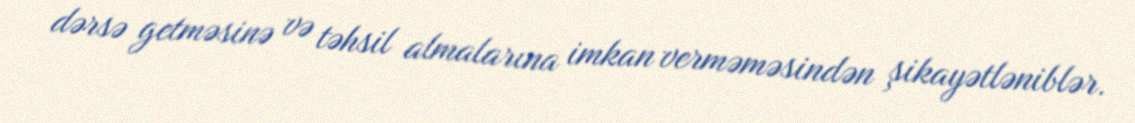
dərsə getməsinə və təhsil almalarına imkan verməməsindən şikayətləniblər.